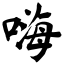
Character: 嗨